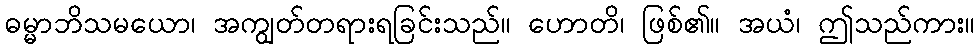
ဓမ္မာဘိသမယော၊ အကျွတ်တရားရခြင်းသည်။ ဟောတိ၊ ဖြစ်၏။ အယံ၊ ဤသည်ကား။